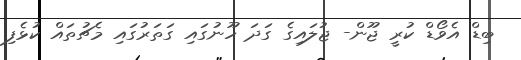
ބިޑް އެވޯޑް ކުރީ ޖޫން- ޖުލައިގެ ގަދަ ހޫނުގައި ގަތަރުގައި މެޗުތައް ކުޅެފި